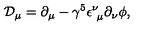
{ \mathcal D } _ { \mu } = \partial _ { \mu } - \gamma ^ { 5 } \epsilon _ { \ \mu } ^ { \nu } \partial _ { \nu } \phi ,